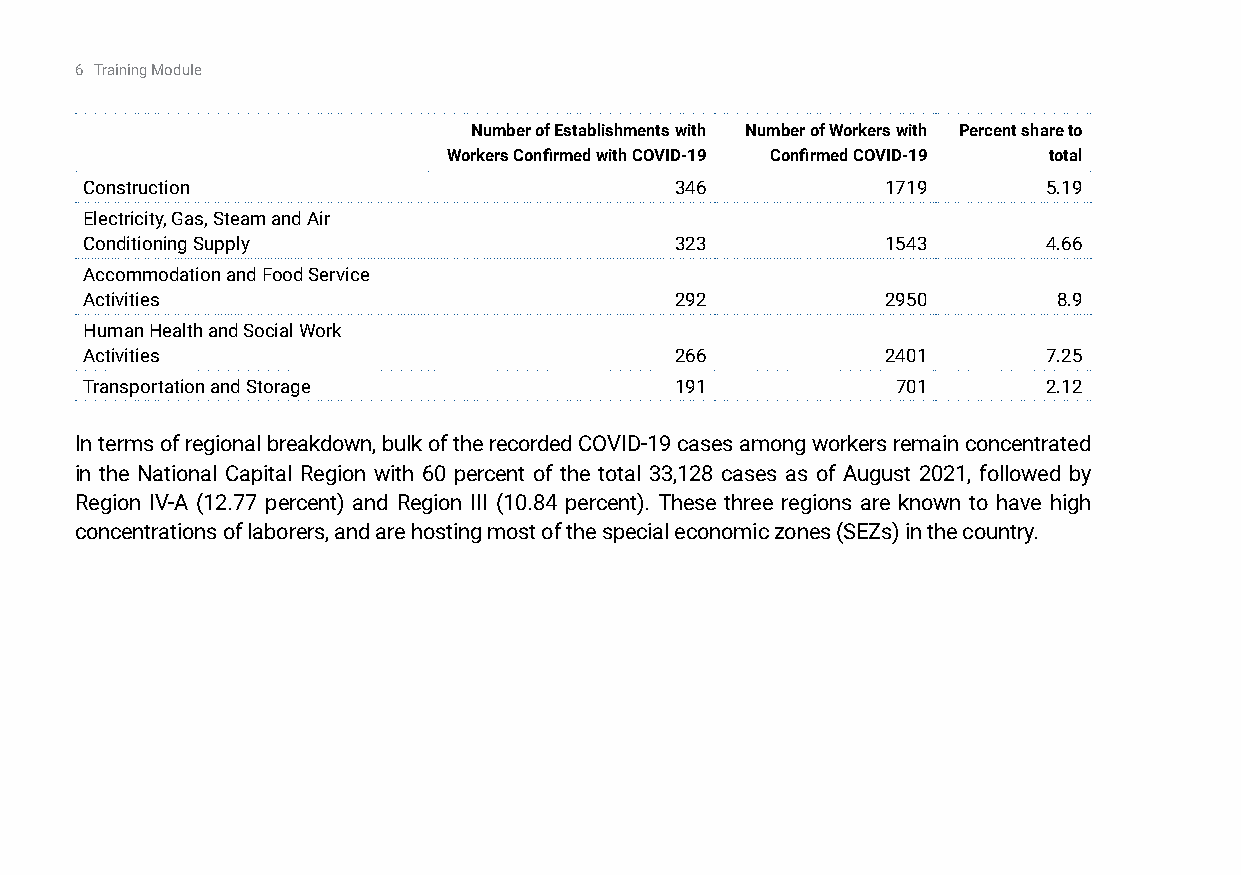
6 Training Module
 Number of Establishments with Number of Workers with Percent share to
 Workers Confirmed with COVID-19 Confirmed COVID-19 total
 Construction                           346           1719      5.19
 Electricity, Gas, Steam and Air
 Conditioning Supply                    323           1543      4.66
 Accommodation and Food Service
 Activities                             292           2950       8.9
 Human Health and Social Work
 Activities                             266           2401      7.25
 Transportation and Storage             191           701       2.12
 In terms of regional breakdown, bulk of the recorded COVID-19 cases among workers remain concentrated
 in the National Capital Region with 60 percent of the total 33,128 cases as of August 2021, followed by
 Region IV-A (12.77 percent) and Region III (10.84 percent). These three regions are known to have high
 concentrations of laborers, and are hosting most of the special economic zones (SEZs) in the country.